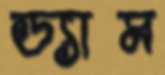
ড্যাম